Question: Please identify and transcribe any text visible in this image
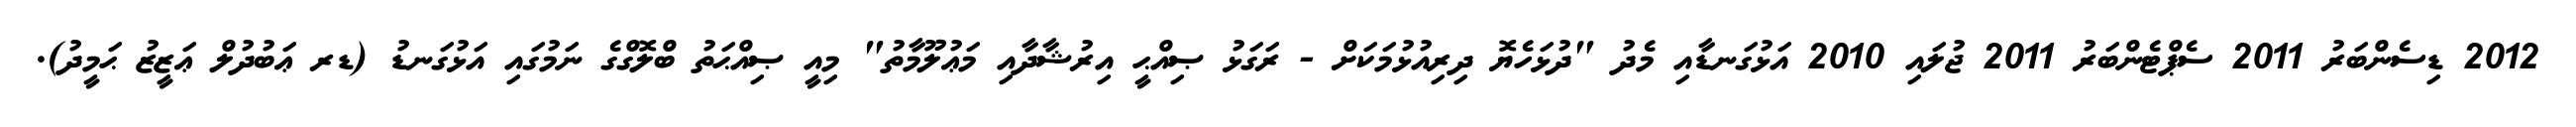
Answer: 2012 ޑިސެންބަރު 2011 ސެޕްޓެންބަރު 2011 ޖުލައި 2010 އަޅުގަނޑާއި މެދު "ދުޅަހެޔޮ ދިރިއުޅުމަކަށް - ރަގަޅު ޞިއްޙީ އިރުޝާދާއި މަޢުލޫމާތު" މިއީ ޞިއްޙަތު ބްލޮގްގެ ނަމުގައި އަޅުގަނޑު (ޑރ ޢަބުދުލް ޢަޒީޒު ޙަމީދު).